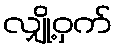
လျှို့ဝှက်